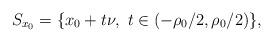
LaTeX: \begin{align*}S_{x_0}=\{x_0+t\nu,\ t\in(-\rho_0/2,\rho_0/2)\},\end{align*}